Lunatic asylums United Provinces 1899-1908 - 1899-1908
Year: 1899
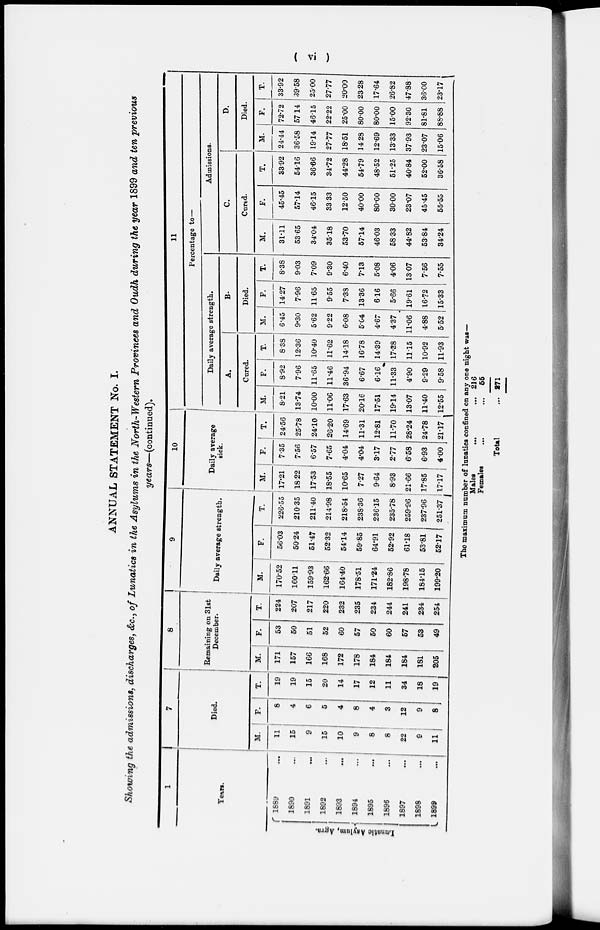
( vi )
ANNUAL STATEMENT No. I.
Showing the admissions, discharges, &c., of Lunatics in the Asylums in the North-Western Provinces and Oudh during the year 1899 and ten previous
years—(continued).
1
Years.
Lunatic Asylum, Agra.
1889 …
1890 …
1891
…
1892
…
1893 …
1894
…
1895
…
1896
…
1897
…
1898
…
1899
…
7
Died.
M.
11
15
9
15
10
9
8
8
22
9
11
F.
8
4
6
5
4
8
4
3
12
9
8
T.
19
19
15
20
14
17
12
11
34
18
19
8
Remaining on 31st
December.
M.
171
157
166
168
172
178
184
184
184
181
205
F.
53
50
51
52
60
57
50
60
57
53
49
T.
224
207
217
220
232
235
234
244
241
234
254
9
Daily average strength.
M.
170.52
160.11
159.93
162.66
164.40
178.51
171.24
182.86
198.78
184.15
199.20
F.
56.03
50.24
51.47
52.32
54.14
59.85
64.91
52.92
61.18
53.81
52.17
T.
226.55
210.35
211.40
214.98
218.54
238.36
236.15
235.78
259.96
237.96
251.37
10
Daily average strength.
M.
17.21
18.22
17.53
18.55
10.65
7.27
9.64
8.93
21.66
17.85
17.17
F.
7.35
7.56
6.57
7.65
4.04
4.04
3.17
2.77
6.58
6.93
4.00
T.
24.56
25.78
24.10
26.20
14.69
11.31
12.81
11.70
28.24
24.78
21.17
11
Percentage to—
Daily average strength.
A.
Cured.
M.
8.21
13.74
10.00
11.06
17.63
20.16
17.51
19.14
13.07
11.40
12.55
F.
8.92
7.96
11.65
11.46
36.94
6.67
6.16
11.33
4.90
9.29
9.58
T.
8.38
12.36
10.40
11.62
14.18
16.78
14.39
17.38
11.15
10.92
11.93
B.
Died.
M.
6.45
9.30
5.62
9.22
6.08
5.04
4.67
4.37
11.06
4.88
5.52
F.
14.27
7.96
11.65
9.55
7.38
13.36
6.16
5.66
19.61
16.72
15.33
T.
8.38
9.03
7.09
9.30
6.40
7.13
5.08
4.06
13.07
7.56
7.55
Admissions.
C.
Cured.
M.
31.11
53.65
34.04
35.18
53.70
57.14
46.03
58.33
44.82
53.84
34.24
F.
45.45
57.14
46.15
33.33
12.50
40.00
80.00
30.00
23.07
45.45
55.55
T.
33.92
54.16
36.66
34.72
44.28
54.79
48.52
51.25
40.84
52.00
36.58
D.
Died.
M.
24.44
36.58
19.14
27.77
18.51
14.28
12.69
13.33
37.93
23.07
15.06
F.
72.72
57.14
46.15
22.22
25.00
80.00
80.00
15.00
92.30
81.81
88.88
T.
33.92
39.58
25.00
27.77
20.00
23.28
17.64
26.82
47.88
36.00
23.17
The maximum number of lunatics confined on any one night was—
Males
...
...
Females ... ...
Total ...
216
55
271